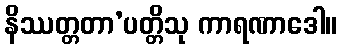
နိဿတ္တတာ’ပတ္တိသု ကာရဏာဒေါ။